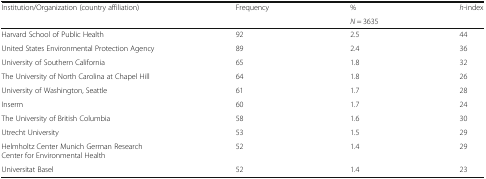
| <ROWSPAN=2> Institution/Organization (country affiliation) | <ROWSPAN=2> Frequency | % | <ROWSPAN=2> h-index |
 | N = 3635 |
 | --- | --- | --- | --- |
 | Harvard School of Public Health | 92 | 2.5 | 44 |
 | United States Environmental Protection Agency | 89 | 2.4 | 36 |
 | University of Southern California | 65 | 1.8 | 32 |
 | The University of North Carolina at Chapel Hill | 64 | 1.8 | 26 |
 | University of Washington, Seattle | 61 | 1.7 | 28 |
 | Inserm | 60 | 1.7 | 24 |
 | The University of British Columbia | 58 | 1.6 | 30 |
 | Utrecht University | 53 | 1.5 | 29 |
 | Helmholtz Center Munich German Research Center for Environmental Health | 52 | 1.4 | 29 |
 | Universitat Basel | 52 | 1.4 | 23 |